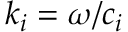
k _ { i } = \omega / c _ { i }